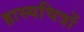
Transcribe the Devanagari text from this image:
हास्यचित्रों